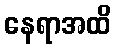
နေရာအထိ